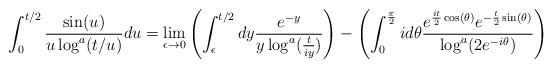
LaTeX: \begin{align*}\int_{0}^{t/2} \frac{\sin(u)}{u \log^{a}(t/u)} du = \lim_{\epsilon \rightarrow 0}\left(\int_{\epsilon}^{t/2} dy \frac{e^{-y}}{y\log^{a}(\frac{t}{i y})}\right)-\left(\int_{0}^{\frac{\pi}{2}} i d\theta \frac{e^{\frac{i t}{2} \cos(\theta)} e^{-\frac{t}{2} \sin(\theta)}}{\log^{a}(2 e^{-i \theta})}\right)\end{align*}